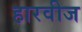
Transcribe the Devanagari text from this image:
हारवीज